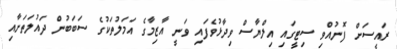
ރައީސަށް ފޮނުއްވި ސިޓީގައި އިލްޔާސް ވިދާޅުވެފައި ވަނީ އާޒިމާގެ އަމަލުތަކުގެ ސަބަބުން ދައުލަތަށާއި